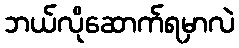
ဘယ်လိုဆောက်ရမှာလဲ